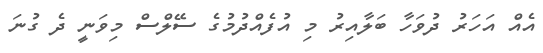
އެއް އަހަރު ދުވަހާ ބަލާއިރު މި އުފެއްދުމުގެ ސޭލްސް މިވަނީ ދެ ގުނަ